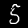
Label: 5